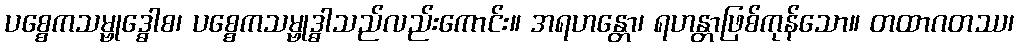
ပစ္စေကသမ္ဗုဒ္ဓေါစ၊ ပစ္စေကသမ္ဗုဒ္ဓါသည်လည်းကောင်း။ အရဟန္တော၊ ရဟန္တာဖြစ်ကုန်သော။ တထာဂတဿ၊